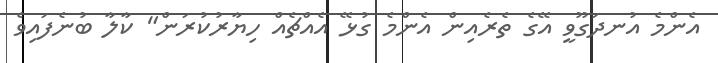
އެންމެ އުނދަގޫވީ އޭގެ ތެރެއިން އެންމެ ގުޅޭ އެއްޗެއް ހިޔާރުކުރަން" ކާލާ ބުނެފައިވެ